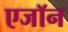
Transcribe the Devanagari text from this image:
एजॉन